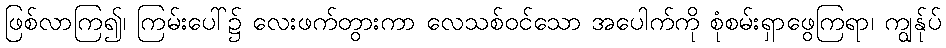
ဖြစ်လာကြ၍၊ ကြမ်းပေါ်၌ လေးဖက်တွားကာ လေသစ်ဝင်သော အပေါက်ကို စုံစမ်းရှာဖွေကြရာ၊ ကျွန်ုပ်